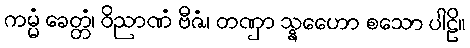
ကမ္မံ ခေတ္တံ၊ ဝိညာဏံ ဗီဇံ၊ တဏှာ သ္နေဟော စသော ပါဠိ။